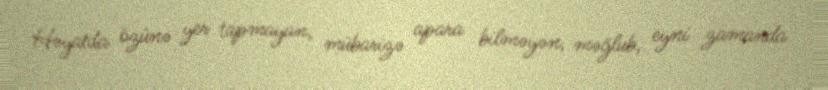
Həyatda özünə yer tapmayan, mübarizə apara bilməyən, məğlub, eyni zamanda